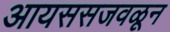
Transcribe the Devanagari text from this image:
आयससजवळून